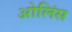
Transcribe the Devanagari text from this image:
ओलिंस